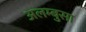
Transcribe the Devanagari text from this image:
अलम्बुसा